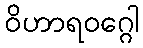
ဝိဟာရဝဂ္ဂေါ